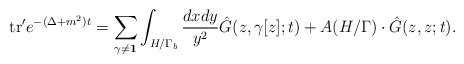
LaTeX: \begin{align*}{\rm tr}' e^{-(\Delta+m^2)t} = \sum_{\gamma \neq {\bf 1}} \int_{H/\Gamma_b} {{dxdy}\over{y^2}} {\hat G}(z,\gamma[z];t) + A(H/\Gamma)\cdot {\hat G}(z,z;t).\end{align*}